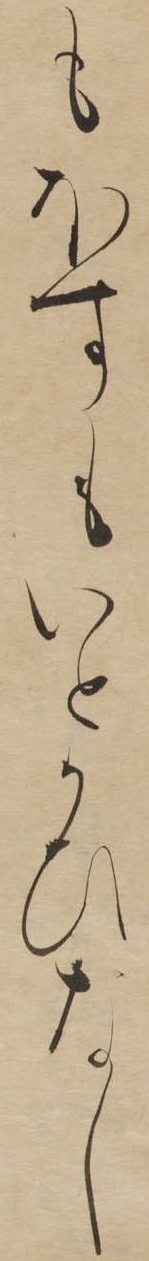
もほすもいとかひなし